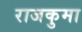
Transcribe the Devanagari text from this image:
राजकुमा